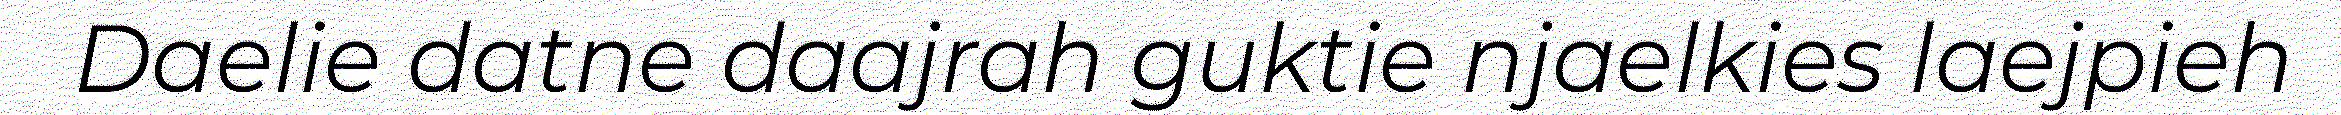
Daelie datne daajrah guktie njaelkies laejpieh